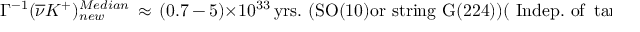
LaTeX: \Gamma ^ { - 1 } ( \overline { { { \nu } } } K ^ { + } ) _ { n e w } ^ { M e d i a n } \, \approx \, ( 0 . 7 \, \mathrm { - } \, 5 ) \times 1 0 ^ { 3 3 } \, \mathrm { y r s . } \, \, \mathrm { ( S O ( 1 0 ) o r ~ s t r i n g ~ G ( 2 2 4 ) ) } ( \mathrm { ~ I n d e p . ~ o f ~ } \tan \beta ) .